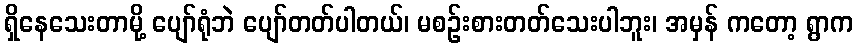
ရှိနေသေးတာမို့ ပျော်ရုံဘဲ ပျော်တတ်ပါတယ်၊ မစဉ်းစားတတ်သေးပါဘူး၊ အမှန် ကတော့ ရွာက